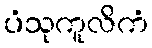
ပံသုကူလိကံ